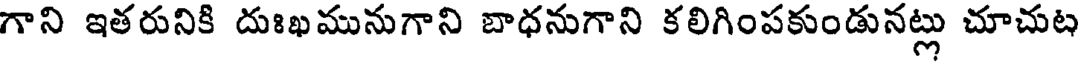
గాని ఇతరునికి దుఃఖమునుగాని బాధనుగాని కలిగింపకుండునట్లు చూచుట